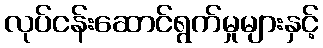
လုပ်ငန်းဆောင်ရွက်မှုများနှင့်